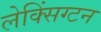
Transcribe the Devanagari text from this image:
लेक्सिंग्‍टन